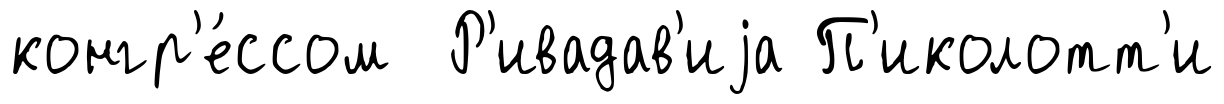
конгр'е́ссом Р'ивадав'иjа П'иколотт'и